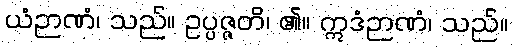
ယံဉာဏံ၊ သည်။ ဥပ္ပဇ္ဇတိ၊ ၏။ ဣဒံဉာဏံ၊ သည်။